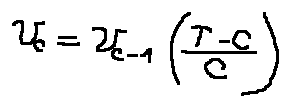
v _ { c } = v _ { c - 1 } ( \frac { r - c } { c } )